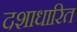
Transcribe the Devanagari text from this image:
दशाधारित